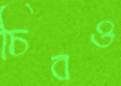
চিবও